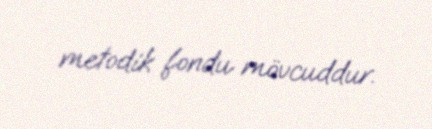
metodik fondu mövcuddur.